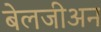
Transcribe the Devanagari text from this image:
बेलजीअन